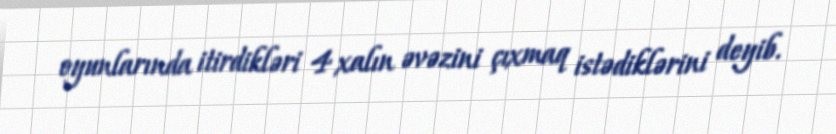
oyunlarında itirdikləri 4 xalın əvəzini çıxmaq istədiklərini deyib.